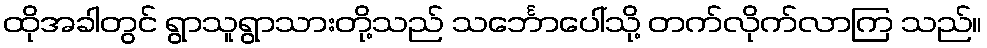
ထိုအခါတွင် ရွာသူရွာသားတို့သည် သင်္ဘောပေါ်သို့ တက်လိုက်လာကြ သည်။